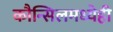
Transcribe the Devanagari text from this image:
कौन्सिलमध्येही